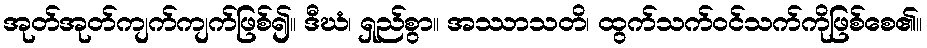
အုတ်အုတ်ကျက်ကျက်ဖြစ်၍။ ဒီဃံ၊ ရှည်စွာ။ အဿာသတိ၊ ထွက်သက်ဝင်သက်ကိုဖြစ်စေ၏။